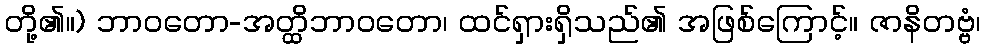
တို့၏။) ဘာဝတော-အတ္ထိဘာဝတော၊ ထင်ရှားရှိသည်၏ အဖြစ်ကြောင့်။ ဇာနိတဗ္ဗံ၊